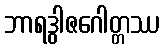
ဘာရဒွါဇဂေါတ္တဿ